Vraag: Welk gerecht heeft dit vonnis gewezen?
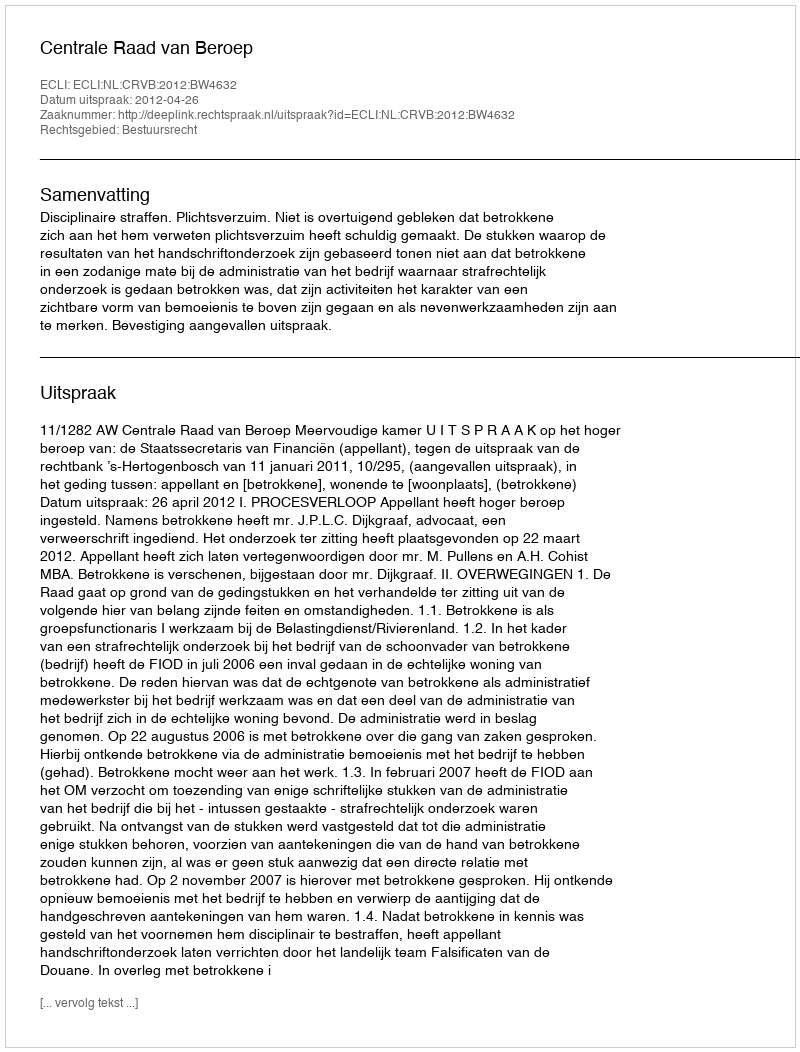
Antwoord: Centrale Raad van Beroep